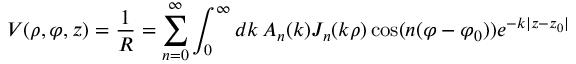
V ( \rho , \varphi , z ) = { \frac { 1 } { R } } = \sum _ { n = 0 } ^ { \infty } \int _ { 0 } ^ { \infty } d k \, A _ { n } ( k ) J _ { n } ( k \rho ) \cos ( n ( \varphi - \varphi _ { 0 } ) ) e ^ { - k | z - z _ { 0 } | }